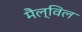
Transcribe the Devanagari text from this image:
मैल्विल